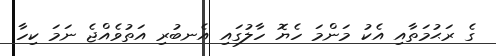
ގެ ރަޙުމަތާއި އެކު މަންމަ ހެޔޮ ހާލުގައި އެނބުރި އަތުވެއްޖެ ނަމަ ކިހާ